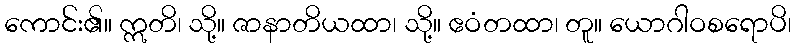
ကောင်း၏။ ဣတိ၊ သို့။ ဇာနာတိယထာ၊ သို့။ ဧဝံတထာ၊ တူ။ ယောဂါဝစရောပိ၊